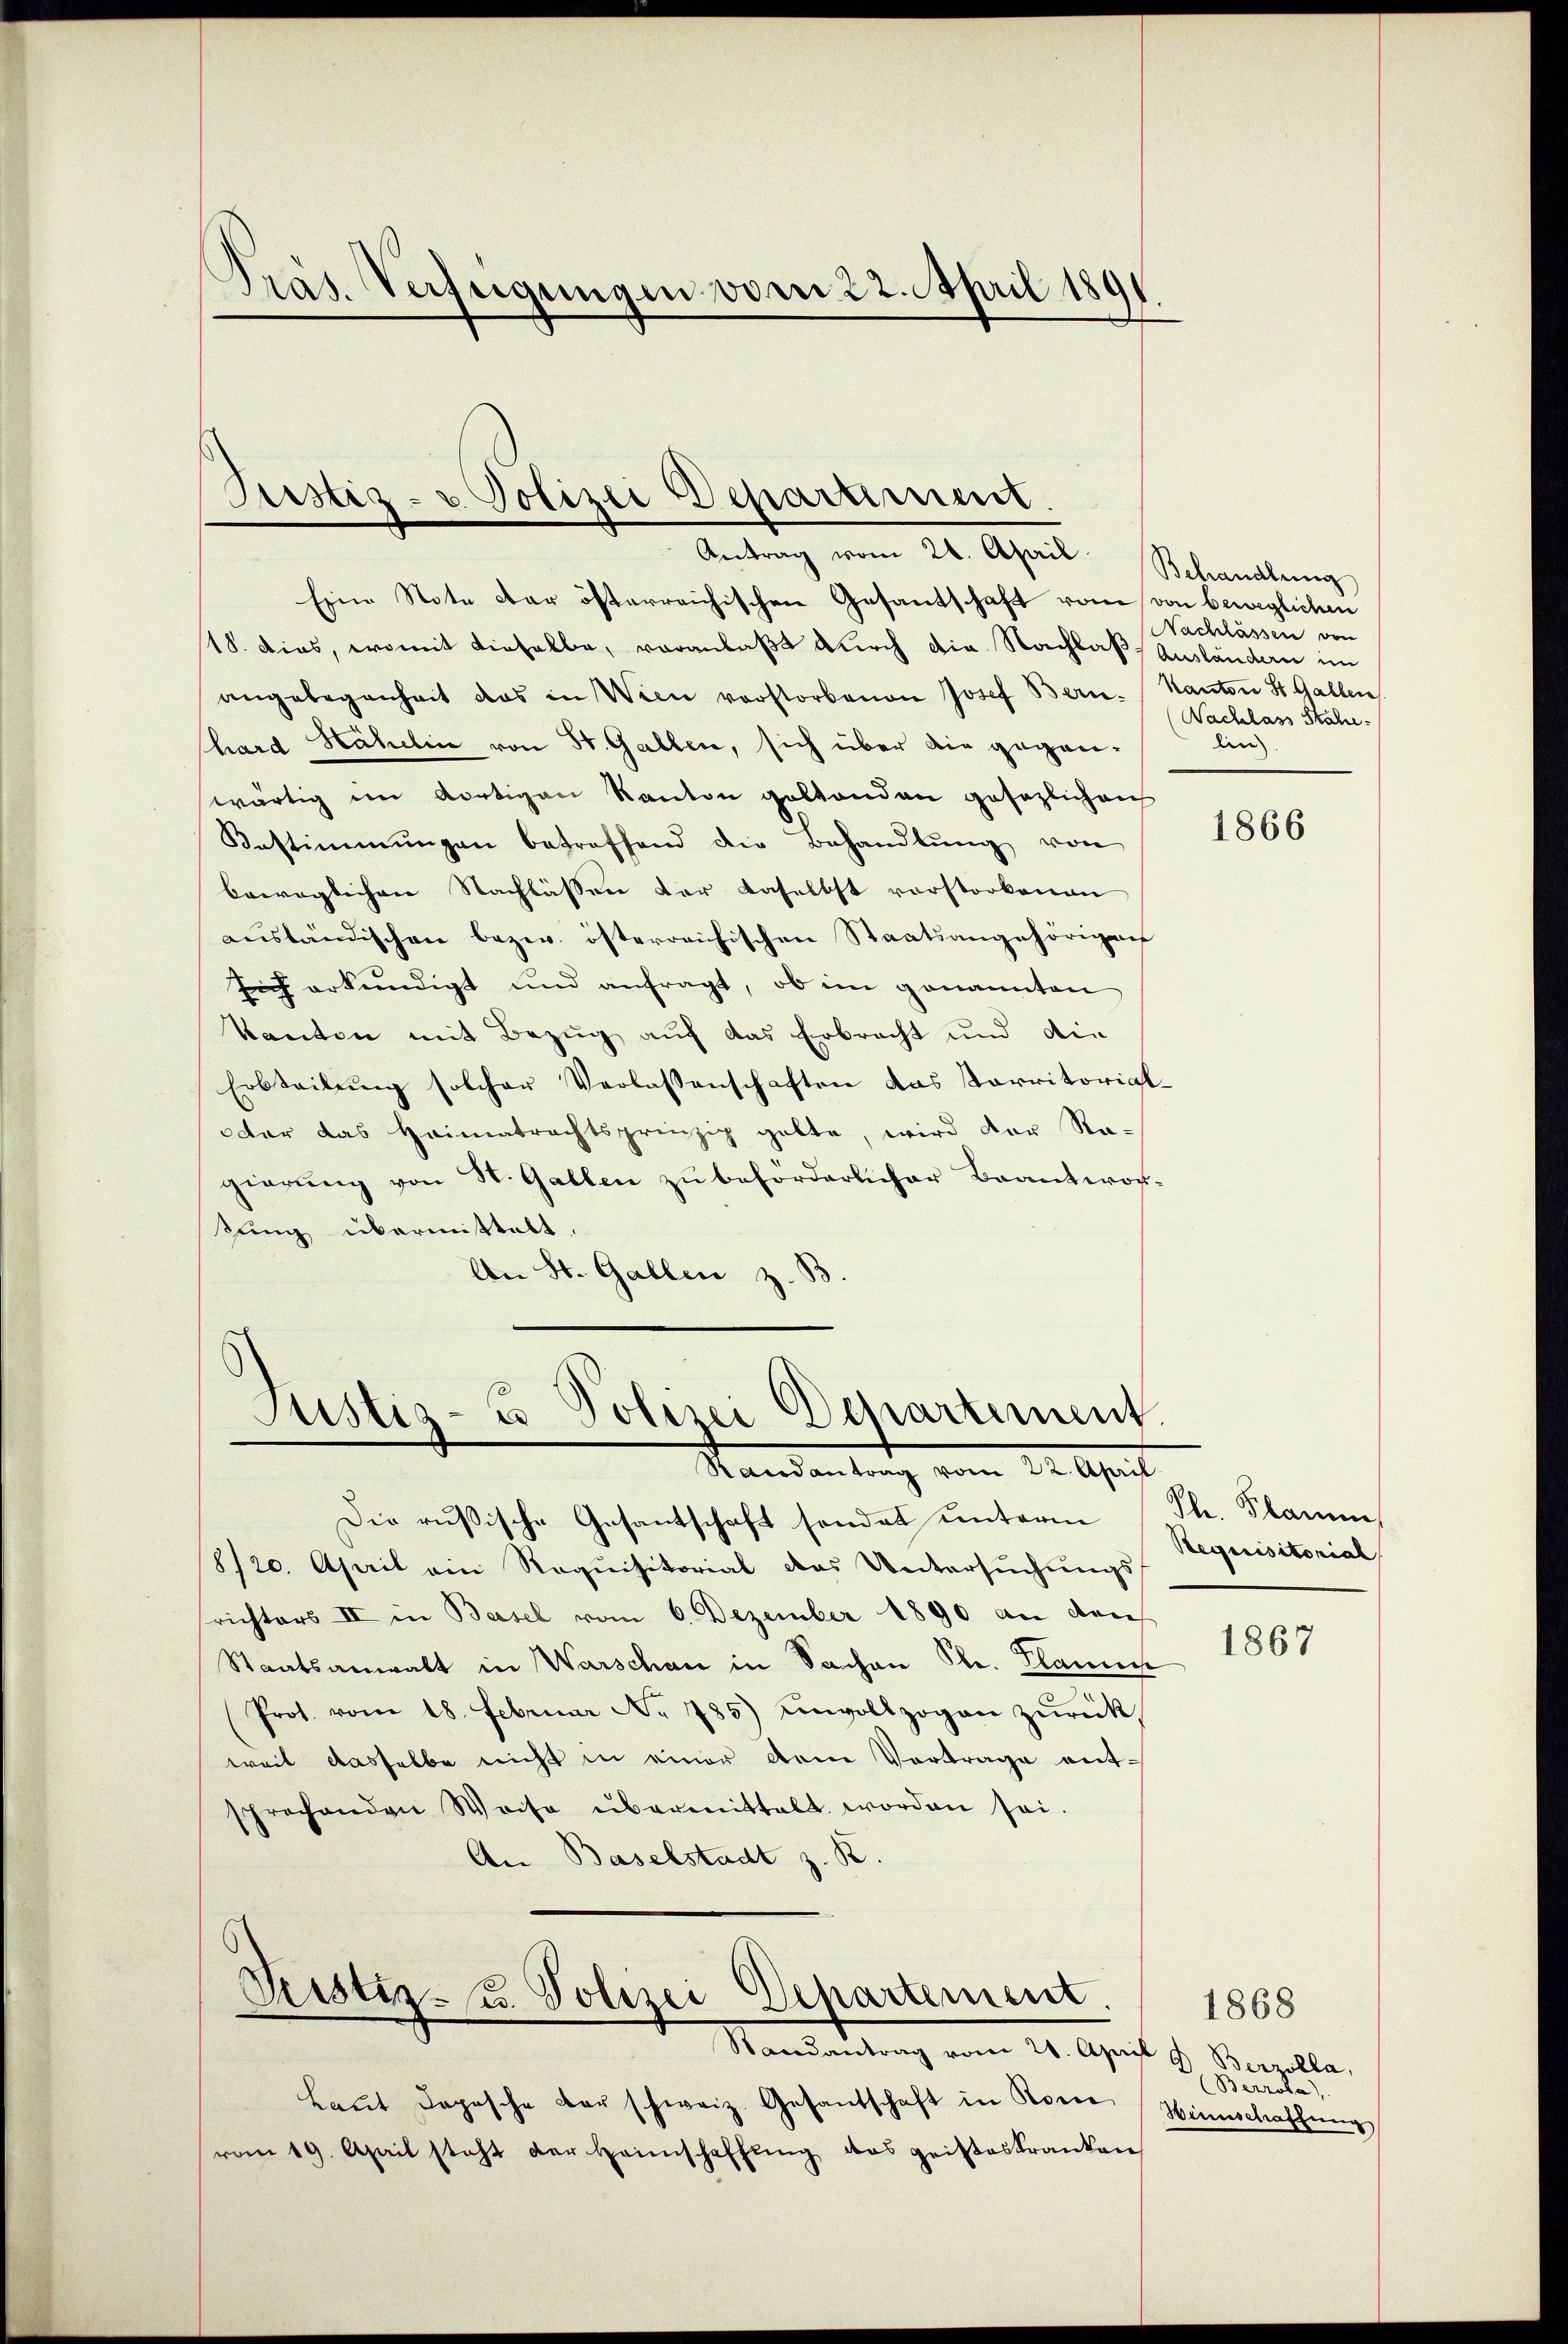
¬
Pras. Verfügungen vom 22. April 1891

Justiz- u. Polizei Departiment
Antrag vom 21. April

Eine Note der österreichischen Gesantschaft vom von beweglichen
18. dies, womit dieselbe, veranlaßt durch die Nachlaß Ausländern im
angelegenheit das in Wien vorstorbenen Josef Bern. Kanton St. Gallen
hard Hähelin von St. Gallen, sich über die gegenwärtig im dortigen Kanton geltenden gesezlichen
Bestimmungen betreffend die Behandlŭng von
beweglichen Nachlassen der daselbst vorstorbenen
ausländischen bezw. österreichischen Staatsangehörigent
sich erkundigt und anfragt, ob im genannten
kanton mit Bezug auf das Erbracht und die
Erbteilŭng solcher Verlassenschaften das Karritorial-
dar das Heimatrechtsprinzip gelte, wird der Sta-
gierung von St. Gallen zu beforderlicher Beantworsung übermittelt.
An St. Gallen z. B

s
Justiz- u Polizei Departement.
Randantrag vom 22. April

Pristiz- u. Polizei Departement.
Randantrag vom 21. April & Berzolla,

Laŭt Dopische der schweiz. Gesantschaft in Kom
vom 19. April steht der Heimschaffŭng das geisteskranken

Die rußische Gesantschaft sondet unterm Th. Flamm
8/20. April ein Requisitorial das Untersuchungs-
srichters III in Basel vom 6. Dezember 1890 an den
Staatsanwalt in Warschau in Sachen Ple. Planes
Prof. vom 18. Februar No 785) unvollzogen zŭrück
weil dasselbe nicht in einer dem Vortrage entsprechenden Weise übermittelt worden sei.
An Baselstadt z. B.

Behandlung
Nachschassen von
Nachlass Stahe
din

1866

Requisitorial

1867

Berrota)
Winschaffung

1868